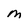
Character: M